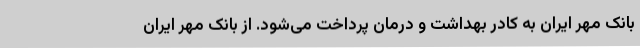
بانک مهر ایران به کادر بهداشت و درمان پرداخت می‌شود. از بانک مهر ایران